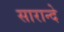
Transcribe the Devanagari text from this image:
सारान्दे